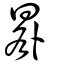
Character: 晷